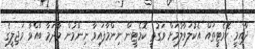
ދާއިމީ ކޮމެޓީތައް އެކުލަވާލުމަށް ވަގުތީ ކޮމެޓީން ނިންމާފައިވާ ނިންމުން މާދަމާ ބާއްވާ މަޖިލީގެ